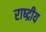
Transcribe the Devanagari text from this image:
राष्द्रीय